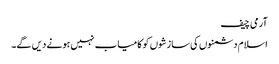
آرمی چیف
اسلام دشمنوں کی سازشوں کو کامیاب نہیں ہونے دیں گے۔